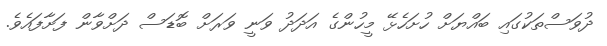
ދުވަސްތަކުގައި ބައްޔަށް ހުށަހެޅޭ މީހުންގެ އަދަދު ވަނީ ވަރަށް ބޮޑަސް ދަށްވާން ފަށާފައެވެ.